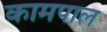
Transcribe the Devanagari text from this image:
कामपाल